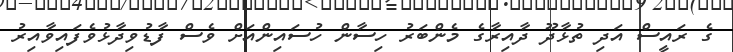
ގެ ރައީސް އަދި ތުޅާދޫ ދާއިރާގެ މެންބަރު ހިސާން ހުސައިންއަށް ވެސް ފާޑުވިދާޅުވެފައިވާއިރު